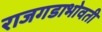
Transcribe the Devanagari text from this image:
राजगडाभोवती